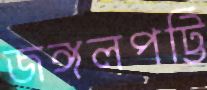
জঙ্গলপট্টি